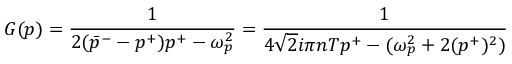
G ( p ) = \frac { 1 } { 2 ( \bar { p } ^ { - } - p ^ { + } ) p ^ { + } - \omega _ { p } ^ { 2 } } = \frac { 1 } { 4 \sqrt { 2 } i \pi n T p ^ { + } - ( \omega _ { p } ^ { 2 } + 2 ( p ^ { + } ) ^ { 2 } ) }